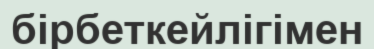
бірбеткейлігімен